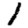
Digit: 1